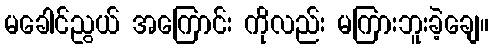
မခေါင်ညွယ် အကြောင်း ကိုလည်း မကြားဘူးခဲ့ချေ။